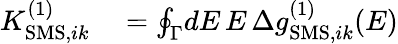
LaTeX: \begin{array}{rl}{K_{\mathrm{SMS},ik}^{(1)}}&{{}=\oint_{\Gamma}\! dE\, E\, \Delta g_{\mathrm{SMS},ik}^{(1)}(E)}\end{array}